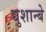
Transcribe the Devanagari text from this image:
द्युशान्बे